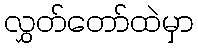
လွှတ်တော်ထဲမှာ